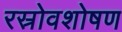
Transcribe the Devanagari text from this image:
रस्रोवशोषण